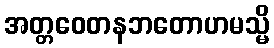
အတ္တဝေတနဘတောဟမသ္မိ